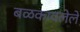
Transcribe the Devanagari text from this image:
बळकावलेले